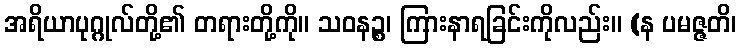
အရိယာပုဂ္ဂုလ်တို့၏ တရားတို့ကို။ သဝနဉ္စ၊ ကြားနာရခြင်းကိုလည်း။ (န ပမဇ္ဇတိ၊